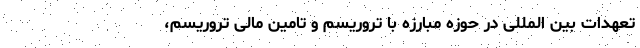
تعهدات بین المللی در حوزه مبارزه با تروریسم و تامین مالی تروریسم،